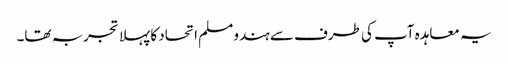
یہ معاہدہ آپ کی طرف سے ہندو مسلم اتحاد کا پہلا تجربہ تھا۔